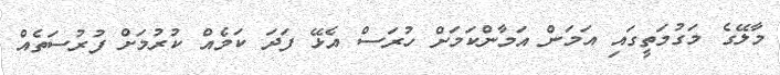
މާލޭގެ މަގުމަތީގައި އަމަން އަމާންކަމަށް ހުރަސް އެޅޭ ފަދަ ކަމެއް ކުރުމަށް ފުރުސަތެއް